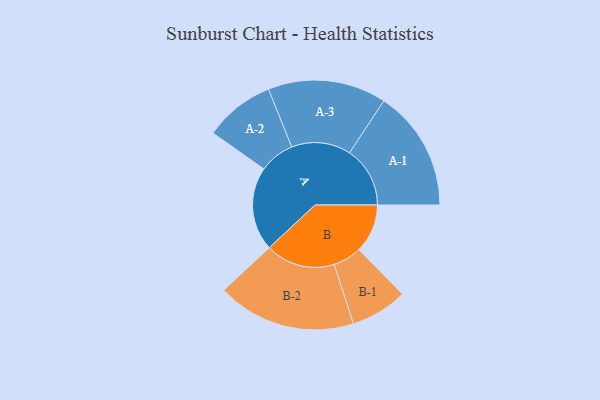
{"axis": {"x": "Segment", "y": "Value"}, "legend": ["", "A", "B"], "data": [{"x": "A", "y": 318, "type": ""}, {"x": "B", "y": 185, "type": ""}, {"x": "A-1", "y": 230, "type": "A"}, {"x": "A-2", "y": 134, "type": "A"}, {"x": "A-3", "y": 225, "type": "A"}, {"x": "B-1", "y": 108, "type": "B"}, {"x": "B-2", "y": 264, "type": "B"}]}